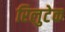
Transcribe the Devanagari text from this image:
रिलुटेक